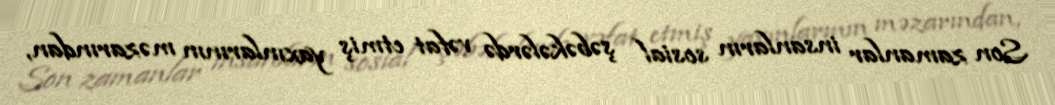
Son zamanlar insanların sosial şəbəkələrdə vəfat etmiş yaxınlarının məzarından,